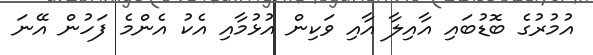
އުމުރުގެ ބޮޑުބައި އާއިލާ އާއި ވަކިން އުޅުމާއި އެކު އެންމެ ފަހުން އޭނަ